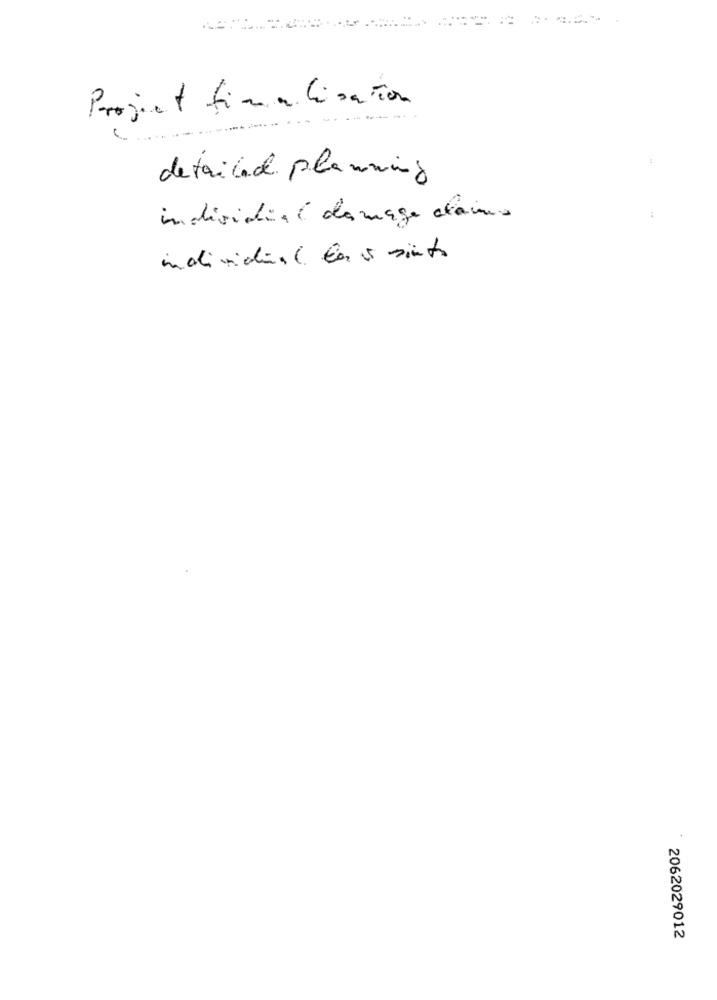
.......
Project finalisation
detailed planning
individual damage claira
individual. En si sinto
2062029012